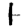
Digit: 1